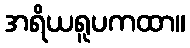
အရိယရူပကထာ။